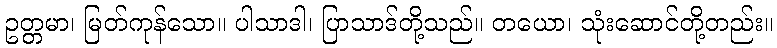
ဥတ္တမာ၊ မြတ်ကုန်သော။ ပါသာဒါ၊ ပြာသာဒ်တို့သည်။ တယော၊ သုံးဆောင်တို့တည်း။